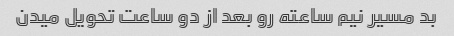
بد مسیر نیم ساعته رو بعد از دو ساعت تحویل میدن